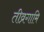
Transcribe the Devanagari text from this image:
तीव्रगामि